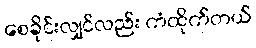
စေခိုင်းလျှင်လည်း ကံထိုက်တယ်